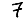
Digit: 7